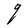
Character: q